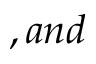
, a n d